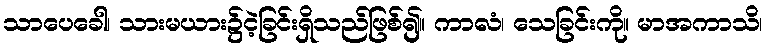
သာပေခေါ၊ သားမယား၌ငဲ့ခြင်းရှိသည်ဖြစ်၍။ ကာလံ၊ သေခြင်းကို။ မာအကာသိ၊